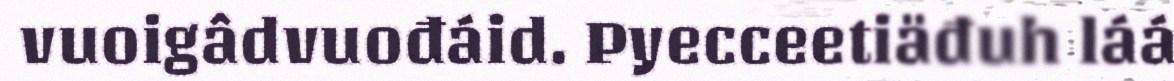
vuoigâdvuođáid. Pyecceetiäđuh láá